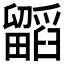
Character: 𭻷